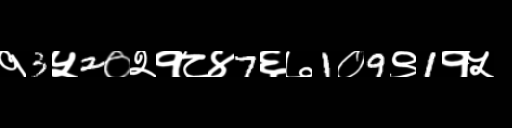
Text: १3५2०२१८४7६७1०9९1१५